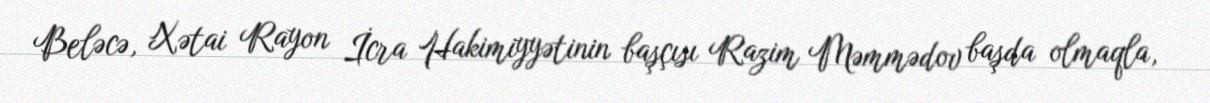
Beləcə, Xətai Rayon İcra Hakimiyyətinin başçısı Razim Məmmədov başda olmaqla,